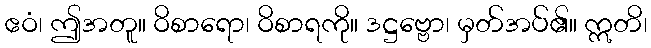
ဧဝံ၊ ဤအတူ။ ဝိစာရော၊ ဝိစာရကို။ ဒဋ္ဌဗ္ဗော၊ မှတ်အပ်၏။ ဣတိ၊